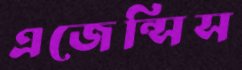
এজেন্সিস